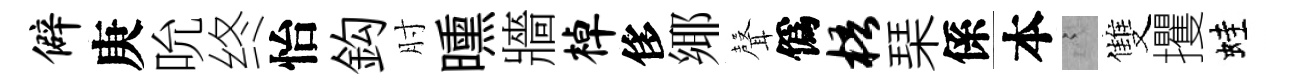
僻庚吮终怡鈎肘曛牆棹侈鄊𮋻僞梧琹係本謭雙攫蛙